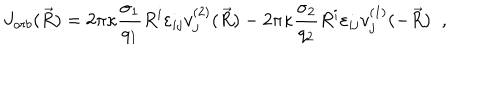
J _ { o r b } ( \vec { R } ) = 2 \pi \kappa \frac { \sigma _ { 1 } } { q _ { 1 } } R ^ { i } \varepsilon _ { i j } v _ { j } ^ { ( 2 ) } ( \vec { R } ) - 2 \pi \kappa \frac { \sigma _ { 2 } } { q _ { 2 } } R ^ { i } \varepsilon _ { i j } v _ { j } ^ { ( 1 ) } ( - \vec { R } ) \; \; ,